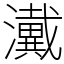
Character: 瀻